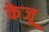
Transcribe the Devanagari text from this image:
केजू